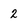
Character: 2